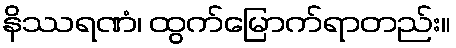
နိဿရဏံ၊ ထွက်မြောက်ရာတည်း။